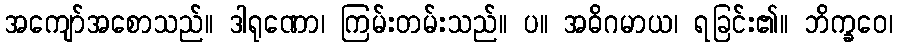
အကျော်အစောသည်။ ဒါရုဏော၊ ကြမ်းတမ်းသည်။ ပ။ အဓိဂမာယ၊ ရခြင်း၏။ ဘိက္ခဝေ၊